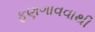
ફણગાવવાથી